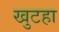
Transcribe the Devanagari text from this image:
खुटहा